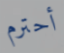
أحترم